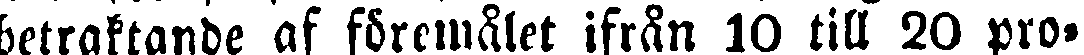
betraktande af föremålet ifrån 10 till 20 pro-